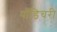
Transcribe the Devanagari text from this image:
पाँडिचरी